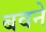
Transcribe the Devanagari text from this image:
बवने